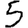
Digit: 5